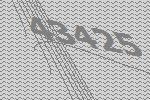
43425